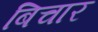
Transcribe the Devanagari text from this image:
बिचार